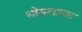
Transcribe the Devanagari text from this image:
भोसलाघाट